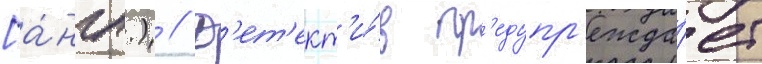
[а́нгл.) // Д'ет'ект'и́в пр'едупр'ежда́ет